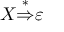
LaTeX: X { \stackrel { * } { \Rightarrow } } \varepsilon